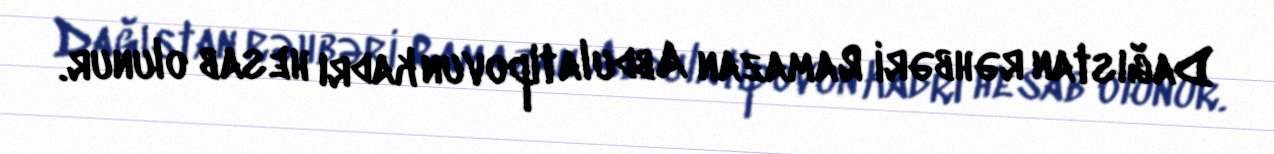
Dağıstan rəhbəri Ramazan Abdulatipovun kadrı hesab olunur.